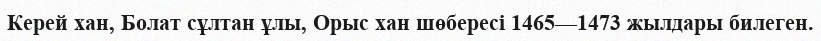
Керей хан, Болат сұлтан ұлы, Орыс хан шөбересі 1465—1473 жылдары билеген.